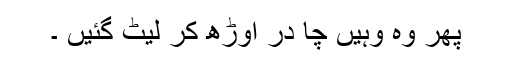
پھر وہ وہیں چا در اوڑھ کر لیٹ گئیں ۔